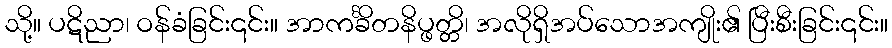
သို့။ ပဋိညာ၊ ဝန်ခံခြင်း၎င်း။ အာကင်္ခိတနိပ္ဖတ္တိ၊ အလိုရှိအပ်သောအကျိုး၏ ပြီးစီးခြင်း၎င်း။